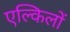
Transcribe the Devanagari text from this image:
एल्किलों